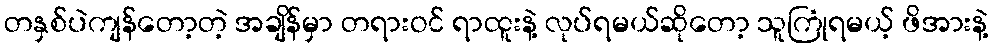
တနှစ်ပဲကျန်တော့တဲ့ အချိန်မှာ တရားဝင် ရာထူးနဲ့ လုပ်ရမယ်ဆိုတော့ သူကြုံရမယ့် ဖိအားနဲ့